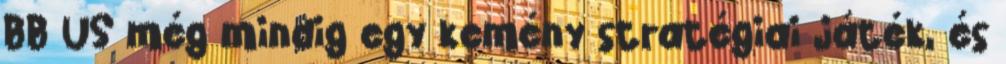
BB US még mindig egy kemény stratégiai játék, és